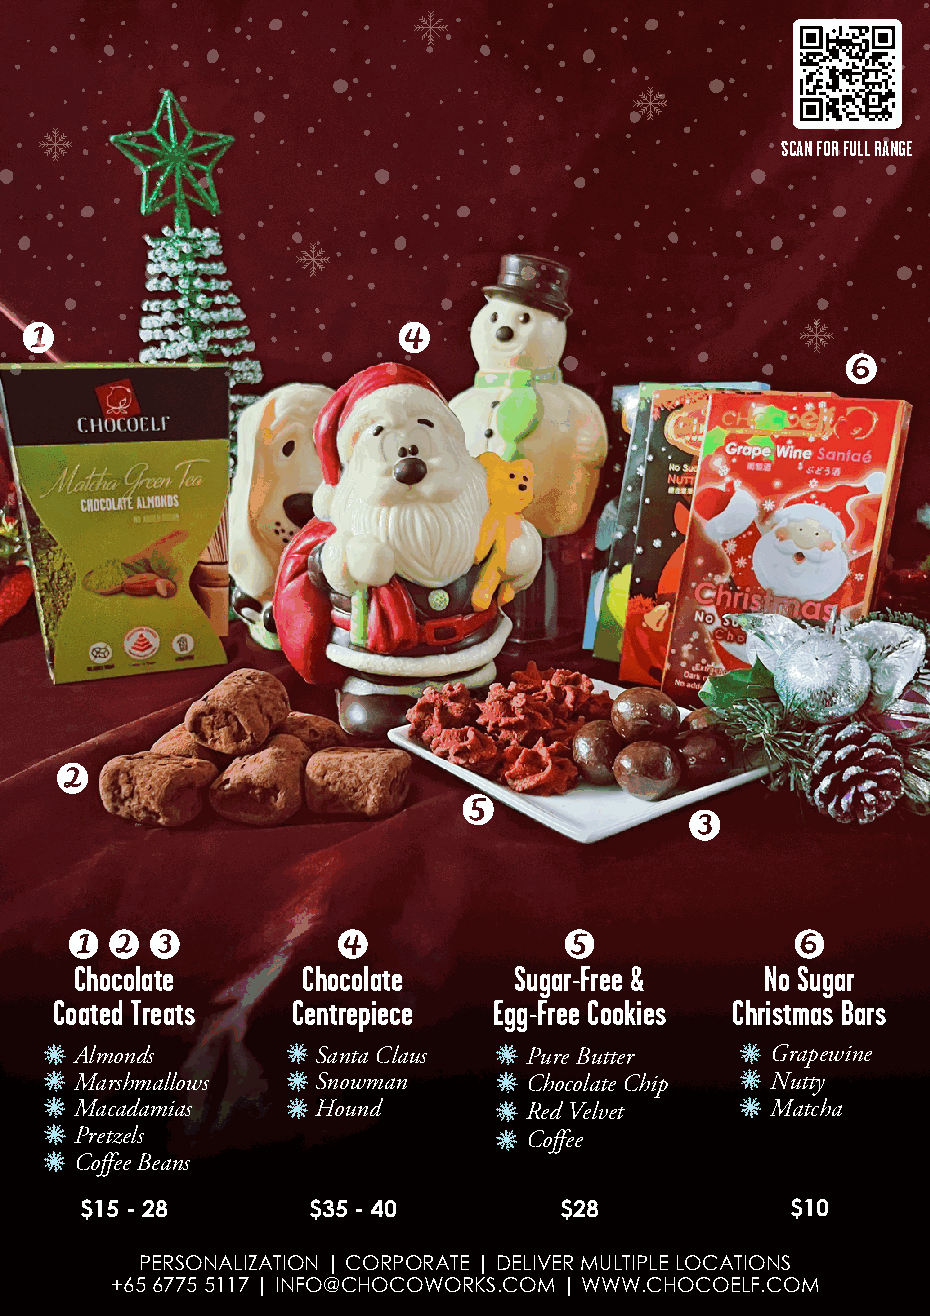
SCAN FOR FULL RANGE
 Chocolate      Chocolate     Sugar-Free &     No Sugar
 Coated Treats  Centrepiece   Egg-Free Cookies Christmas Bars
 Almonds         Santa Claus   Pure Butter     Grapewine
 Marshmallows    Snowman       Chocolate Chip  Nutty
 Macadamias      Hound         Red Velvet      Matcha
 Pretzels                      Coffee
 Coffee Beans
 $15 - 28       $35 - 40         $28            $10
 PERSONALIZATION | CORPORATE | DELIVER MULTIPLE LOCATIONS
 +65 6775 5117 | INFO@CHOCOWORKS.COM | WWW.CHOCOELF.COM